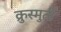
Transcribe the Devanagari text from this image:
क्रुस्मुर्ती